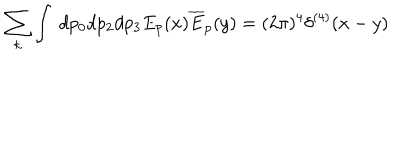
\sum _ { k } \int \ d p _ { 0 } d p _ { 2 } d p _ { 3 } E _ { p } ( x ) \overline { { { E } } } _ { p } ( y ) = ( 2 \pi ) ^ { 4 } \delta ^ { ( 4 ) } ( x - y )